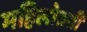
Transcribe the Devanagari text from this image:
महिलोन्नती